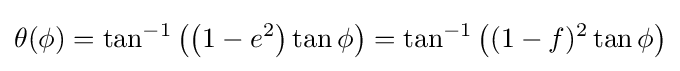
\theta (\phi )=\tan ^{-1}\left(\left(1-e^{2}\right)\tan \phi \right)=\tan ^{-1}\left((1-f)^{2}\tan \phi \right)